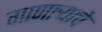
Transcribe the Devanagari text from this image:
गाणार्‍याचे